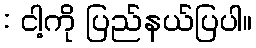
: ငါ့ကို ပြည်နယ်ပြပါ။